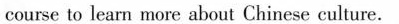
course to learn more about Chinese culture.